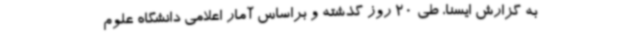
به گزارش ایسنا، طی 20 روز گذشته و براساس آمار اعلامی دانشگاه علوم